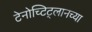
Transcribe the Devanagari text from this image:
टेनोच्टिट्लानच्या